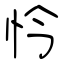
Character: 忴